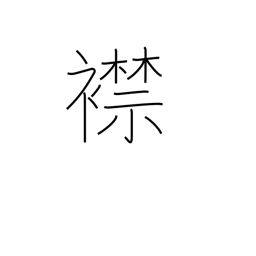
Meaning: one's inner feelings